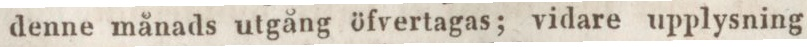
denne månads utgång öfvertagas; vidare upplysning